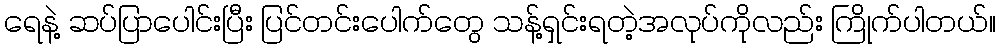
ရေနဲ့ ဆပ်ပြာပေါင်းပြီး ပြင်တင်းပေါက်တွေ သန့်ရှင်းရတဲ့အလုပ်ကိုလည်း ကြိုက်ပါတယ်။